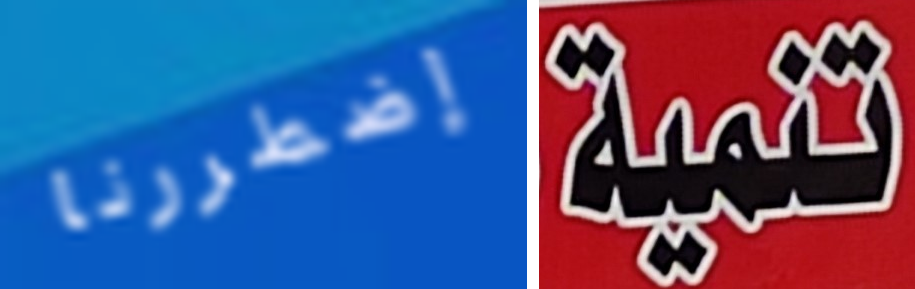
إضطررنا تنمية